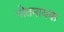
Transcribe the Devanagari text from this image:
पोतनायक